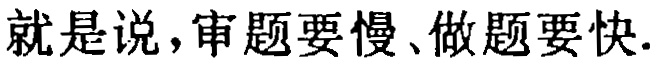
就是说，审题要慢、做题要快.